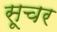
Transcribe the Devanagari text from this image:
सूचर